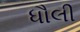
ધૌલી